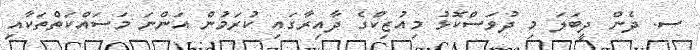
ސ. ދެން ދީބަލަ މި ދުވަސްކޮޅު މިއުޒިކްގެ ދާއިރާގައި ކުރަމުން އަންނަ މަސައްކަތްތަކާއި